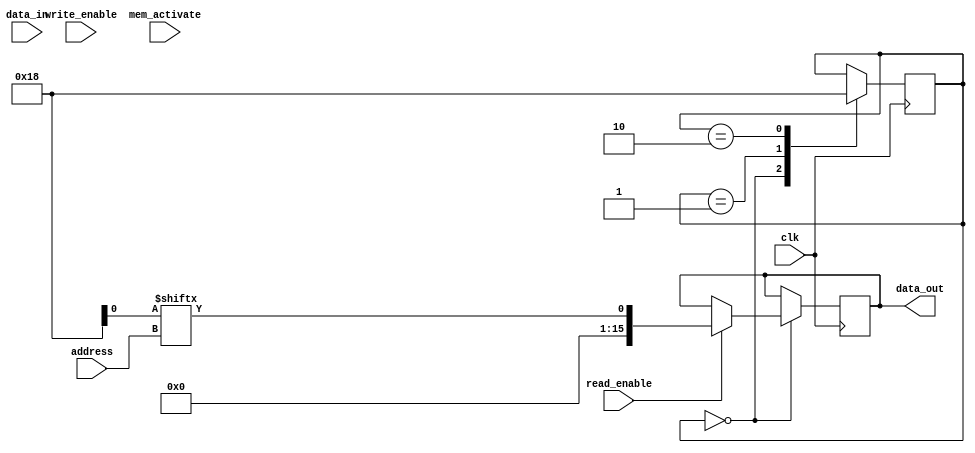
module DDR_Controller (
    input wire clk,
    input wire read_enable,
    input wire write_enable,
    input wire mem_activate,
    input wire [9:0] address,
    input wire [15:0] data_in,
    output reg [15:0] data_out
);

reg [1:0] state;

always @ (posedge clk) begin
    case (state)
        2'b00: begin
            if (read_enable) begin
                // Read from memory array
                data_out <= memory_array[address];
            end
            state <= 2'b01;
        end
        2'b01: begin
            if (write_enable) begin
                // Write to memory array
                memory_array[address] <= data_in;
            end
            state <= 2'b10;
        end
        2'b10: begin
            // Wait for next clock cycle
            state <= 2'b00;
        end
    endcase
end

endmodule